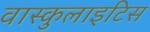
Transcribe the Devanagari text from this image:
वास्कुलाइटिस